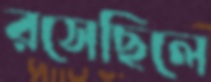
রসেছিলে